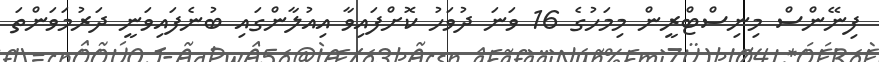
ފިނޭންސް މިނިސްޓްރީން މިމަހުގެ 16 ވަނަ ދުވަހު ކޮށްފައިވާ އިއުލާންގައި ބުނެފައިވަނީ ދަރުމަވަންތަ